Epidemic dropsy in Calcutta - Number 45
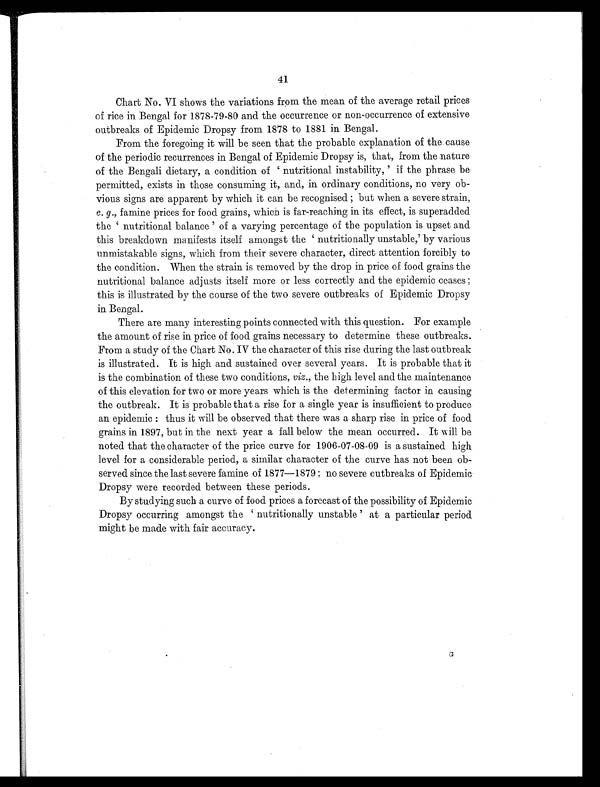
41
Chart No. VI shows the variations from the mean of the average retail prices
of rice in Bengal for 1878-79-80 and the occurrence or non-occurrence of extensive
outbreaks of Epidemic Dropsy from 1878 to 1881 in Bengal.
From the foregoing it will be seen that the probable explanation of the cause
of the periodic recurrences in Bengal of Epidemic Dropsy is, that, from the nature
of the Bengali dietary, a condition of ' nutritional instability, ' if the phrase be
permitted, exists in those consuming it, and, in ordinary conditions, no very ob-
vious signs are apparent by which it can be recognised ; but when a severe strain,
e . g., famine prices for food grains, which is far-reaching in its effect, is superadded
t h e ' n u t r i t i o n a l b a l a n c e ' o f a v a r y i n g p e r c e n t a g e o f t h e p o p u l a t i o n i s u p s e t a n d
this breakdown manifests itself amongst the ' nutritionally unstable,' by various
unmistakable signs, which from their severe character, direct attention forcibly to
the condition. When the strain is removed by the drop in price of food grains the
nutritional balance adjusts itself more or less correctly and the epidemic ceases ;
this is illustrated by the course of the two severe outbreaks of Epidemic Dropsy
in Bengal.
There are many interesting points connected with this question. For example
the amount of rise in price of food grains necessary to determine these outbreaks.
From a study of the Chart No. IV the character of this rise during the last outbreak
is illustrated. It is high and sustained over several years. It is probable that it
is the combination of these two conditions, viz ., the high level and the maintenance
of this elevation for two or more years which is the determining factor in causing
the outbreak. It is probable that a rise for a single year is insufficient to produce
an epidemic : thus it will be observed that there was a sharp rise in price of food
grains in 1897, but in the next year a fall below the mean occurred. It will be
noted that the character of the price curve for 1906-07-08-09 is a sustained high
level for a considerable period, a similar character of the curve has not been ob-
served since the last severe famine of 1877—1879 ; no severe outbreaks of Epidemic
Dropsy were recorded between these periods.
By studying such a curve of food prices a forecast of the possibility of Epidemic
Dropsy occurring amongst the ' nutritionally unstable ' at a particular period
might be made with fair accuracy.